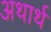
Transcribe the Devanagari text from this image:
अथार्थ